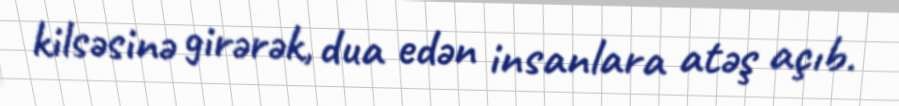
kilsəsinə girərək, dua edən insanlara atəş açıb.